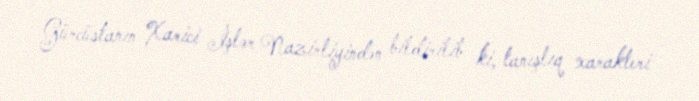
Gürcüstanın Xarici İşlər Nazirliyindən bildirilib ki, tanışlıq xarakteri